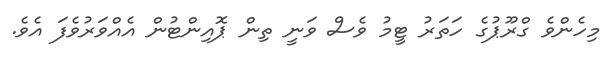
މިހެންވެ ގްރޫޕުގެ ހަތަރު ޓީމު ވެސް ވަނީ ތިން ޕޮއިންޓުން އެއްވަރުވެފަ އެވެ.